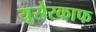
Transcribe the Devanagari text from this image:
यूसेरकाफ